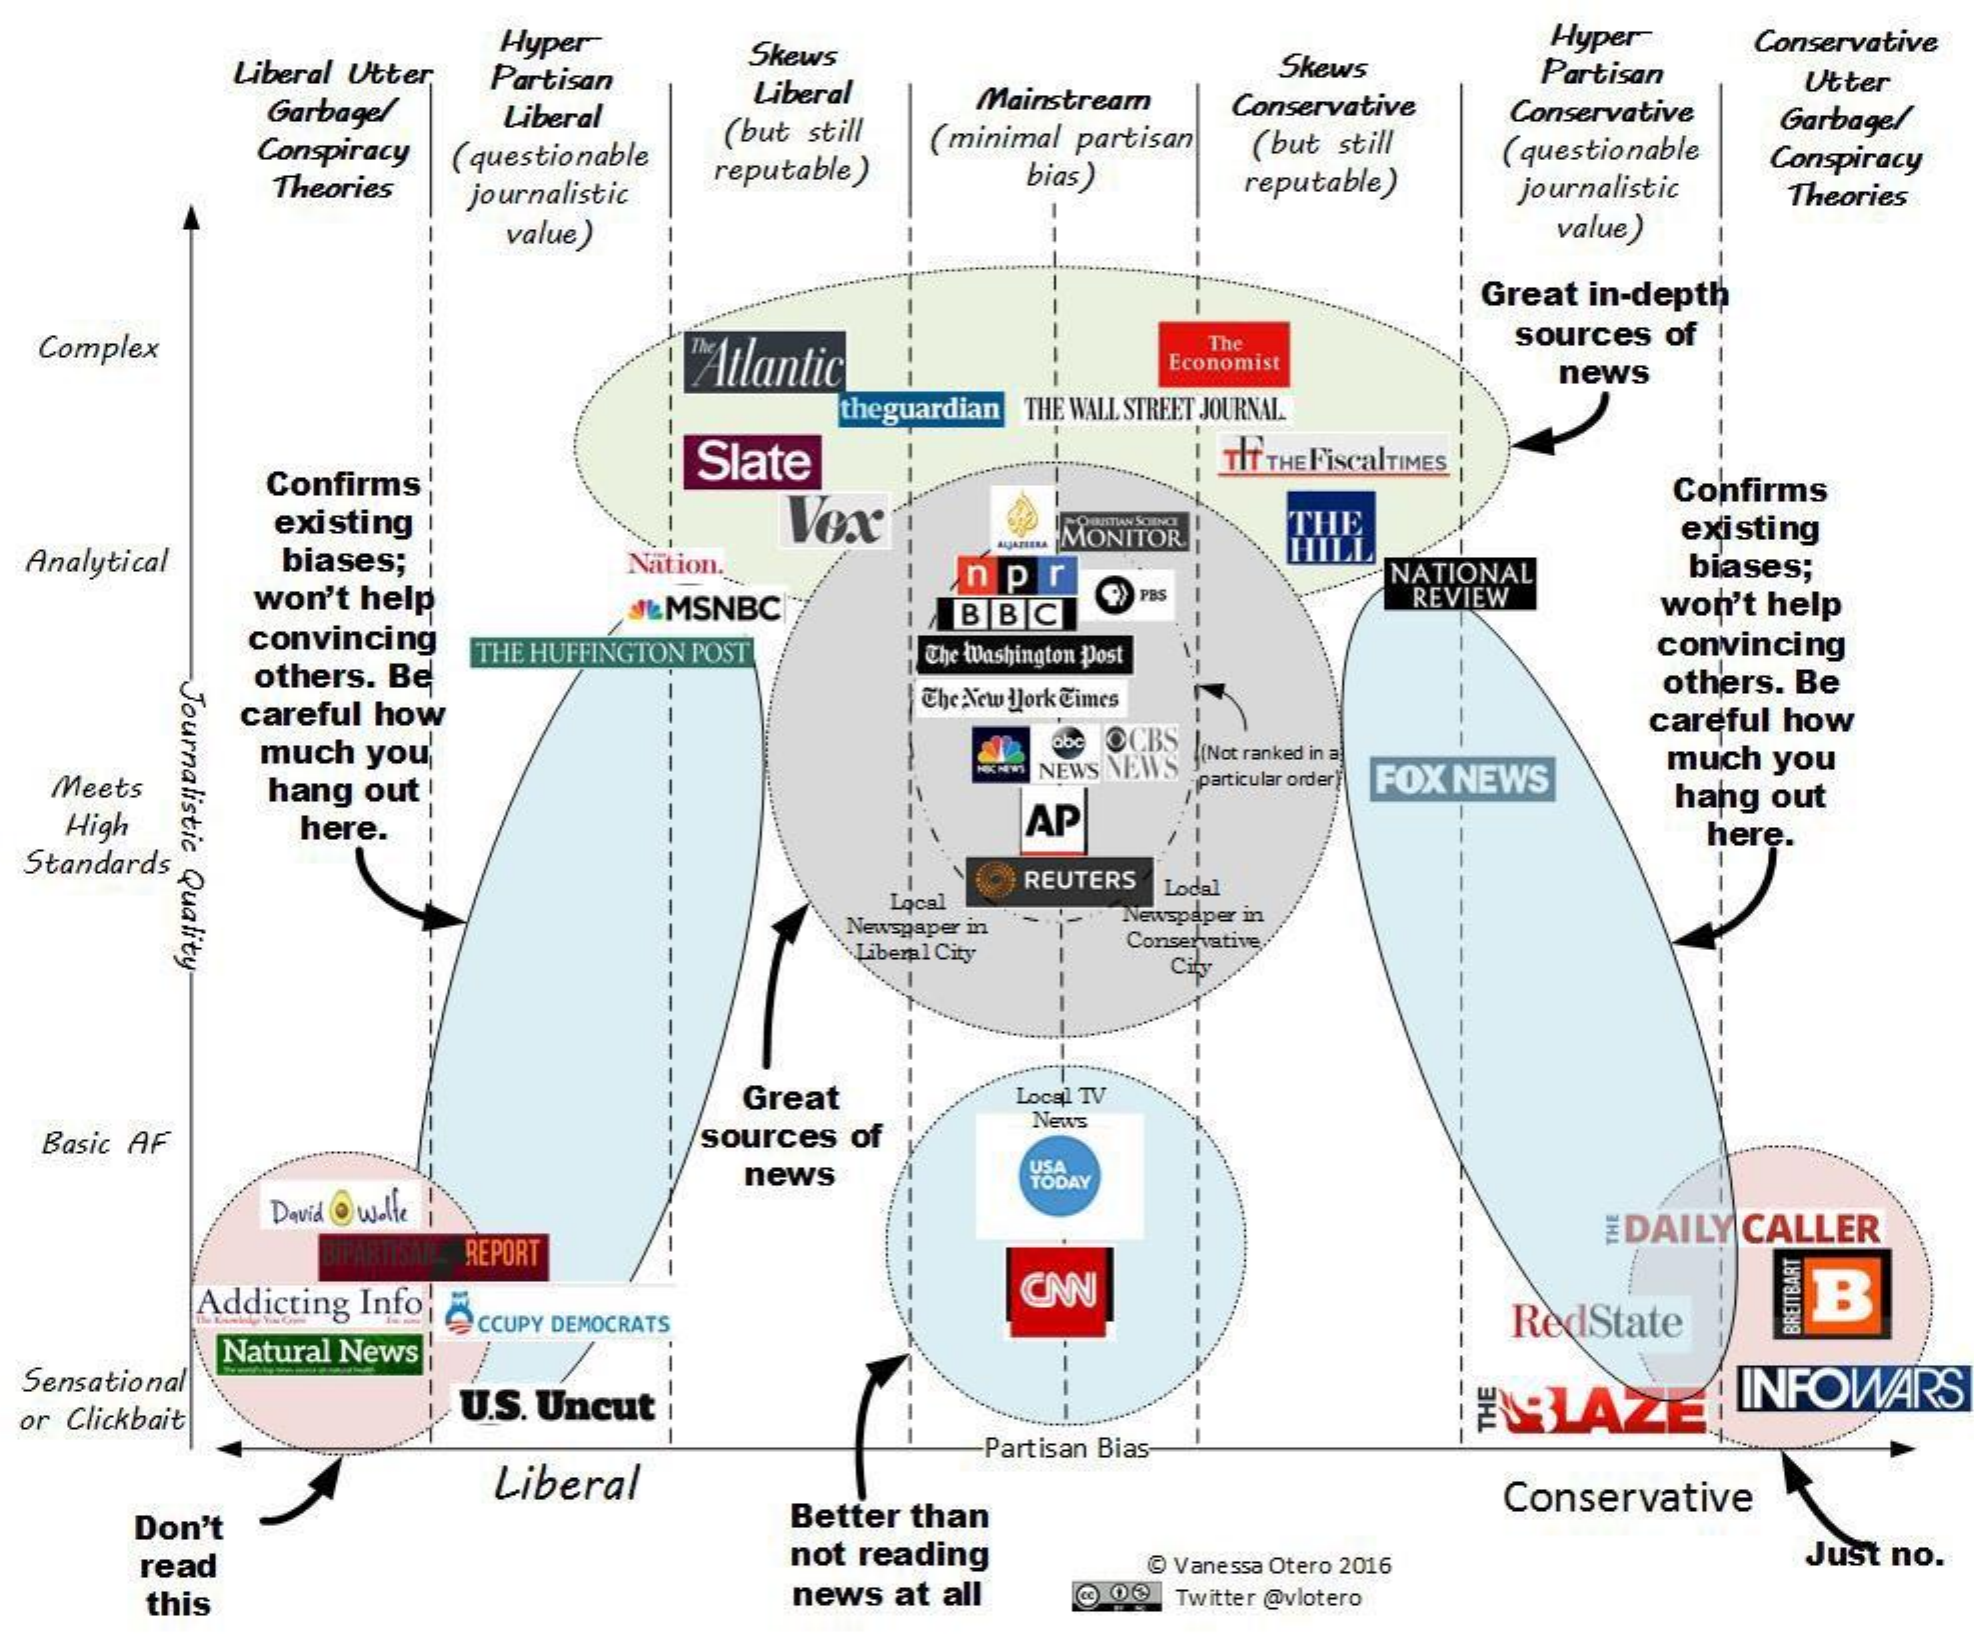
Liberal Utter
     Hyper-  Skews
     Hyper- Conservative
     Partisan
     Liberal    Mainstream
     Skews
     Garbage/
     Liberal
     Partisan
     (but still (minimal partisan
     Conservative Conservative
     Utter
     Conspiracy
     Garbage/
     Theories
     ( questionable reputable)
     ( but still
     bias)  reputable)
     (questionable
     journalistic
     Conspiracy
     journalistic    Theories
     value)    value )
     Great in-depth
  Complex    Atlantic
     The    sources of
     Economist
     news
     theguardian THE WALL STREET JOURNAL
     Confirms
     Slate    TIT THE FiscalTIMES
     existing    Vox
     Confirms
  Analytical biases;
     MONITOR THE    existing
     Nation.
     won't help
     npr    NATIONAL  biases;
     J& MSNBC  BBC
     PBS    REVIEW
     convincing
     won't help
     others. Be
     THE HUFFINGTON POST The Washington Post convincing
     careful how
     The New york Times
     others. Be
     Journalistic
     Quality
     much you,    obe O.B (Not ranked in a)
     careful how
  Meets  hang out
     HER NEWS NEWS
     particular order FOX NEWS
     much you
  High
  Standards
     here.    AP
     hang out
     here.
     REUTERS
     Local
     Lodal
     Newspaper in
     Newspaper in
     Liberal City
     Conservative,
     City
     Great    Local TV
  Basic AF    sources of
     News
     news    TODAY
     David @ wolfe
     REPORT
     EDAILY CALLER
     Addicting Info    CAN
     RedState
     B
  Sensational
     Natural News
     CCUPY DEMOCRATS
     BREITBART
     INFOWARS
  or Clickbait U.S. Uncut    ABLAZE -
     +
     Liberal
     Partisan Bias
     Don't    Better than
     Conservative
     read    not reading @ Vanessa Otero 2016 Just no.
     this    news at all @ 0@ Twitter @vlotero